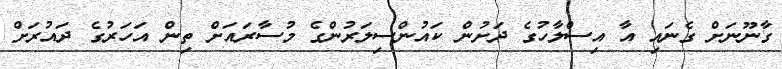
ގާނޫނަށް ގެނައި އާ އިސްލާހުގެ ދަށުން ކައުންސިލަރުންގެ މުސާރައަށް ތިން އަހަރުގެ ދައުރަށް